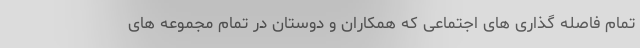
تمام فاصله گذاری های اجتماعی که همکاران و دوستان در تمام مجموعه های